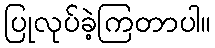
ပြုလုပ်ခဲ့ကြတာပါ။